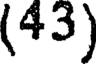
(43)